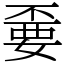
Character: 嫑